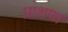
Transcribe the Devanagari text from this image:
प्राशणा